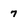
Character: 7